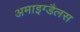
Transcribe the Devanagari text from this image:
अमाइग्डैलस